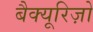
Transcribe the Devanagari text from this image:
बैक्यूरिज़ो